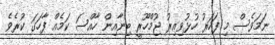
ނަމަވެސް މި ފަހަރު ހުޅުވިއިރު ޖުމްހޫރީ ބިނާއިން ހާއްސަ ކަމެއް ފާހަގަ ކުރެވެ